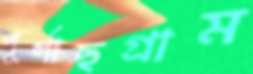
পূর্ণাছগ্রাম